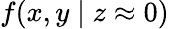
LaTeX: f(x,y\mid z\approx 0)